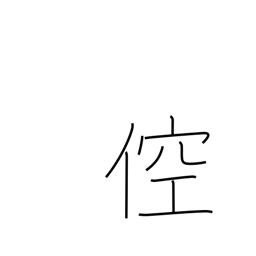
Meaning: boorish